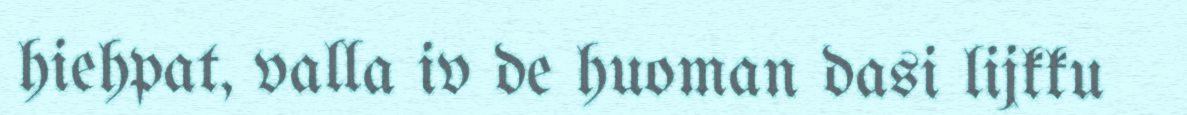
hiehpat, valla iv de huoman dasi lijkku